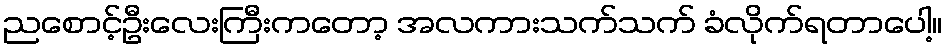
ညစောင့်ဦးလေးကြီးကတော့ အလကားသက်သက် ခံလိုက်ရတာပေါ့။